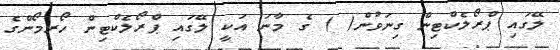
ލޭގައި ޕްރޯލެކްޓިން ގިނަވުން( ) ގެ މާނަ އަކީ ލޭގައި ޕްރޯލެކްޓިން ހޯރމޯންގެ